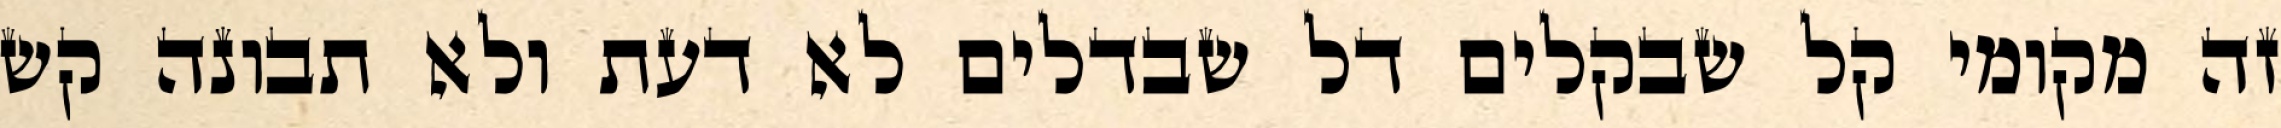
זה מקומי קל שבקלים דל שבדלים לא דעת ולא תבונה קש